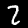
Label: 2